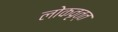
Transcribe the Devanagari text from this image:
लोकवृत्त